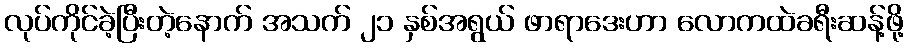
လုပ်ကိုင်ခဲ့ပြီးတဲ့နောက် အသက် ၂၁ နှစ်အရွယ် ဖာရာဒေးဟာ လောကထဲခရီးဆန့်ဖို့